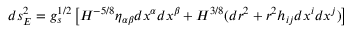
d s _ { E } ^ { 2 } = g _ { s } ^ { 1 / 2 } \left[ H ^ { - 5 / 8 } \eta _ { \alpha \beta } d x ^ { \alpha } d x ^ { \beta } + H ^ { 3 / 8 } ( d r ^ { 2 } + r ^ { 2 } h _ { i j } d x ^ { i } d x ^ { j } ) \right]